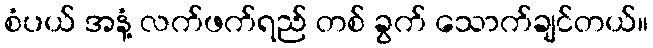
စံပယ် အနံ့ လက်ဖက်ရည် တစ် ခွက် သောက်ချင်တယ်။